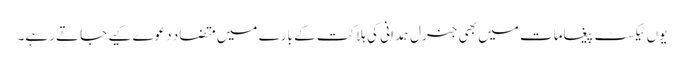
یوں ٹیکسٹ پیغامات میں بھی جنرل ہمدانی کی ہلاکت کے بارے میں متضاد دعوے کیے جاتے رہے۔